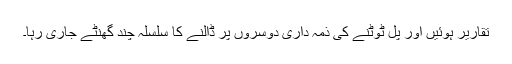
تقاریر ہوئیں اور پل ٹوٹنے کی ذمہ داری دوسروں پر ڈالنے کا سلسلہ چند گھنٹے جاری رہا۔